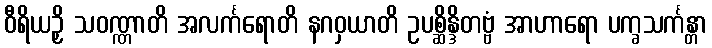
ဝီရိယဉှိ သဝဏ္ဏာတိ အလင်္ကရောတိ နဂဝှယာတိ ဥပစ္ဆိန္ဒိတဗ္ဗံ အာဟာရော ပက္ခသင်္ကန္တာ